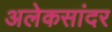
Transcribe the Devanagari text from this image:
अलेकसांदर